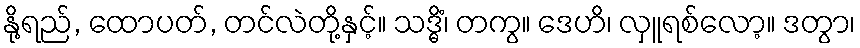
နို့ရည်, ထောပတ်, တင်လဲတို့နှင့်။ သဒ္ဓိံ၊ တကွ။ ဒေဟိ၊ လှူရစ်လော့။ ဒတွာ၊